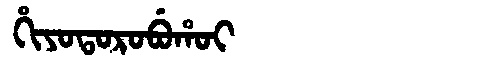
Manchu: ᡥᡳᠶᠣᡨᠣᡵᠣᠪᡠᡥᠣᡳ
Romanization: HIYOTOROBUHOI